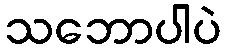
သဘောပါပဲ